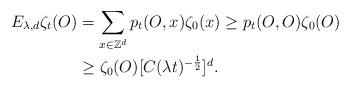
LaTeX: \begin{align*}E_{\lambda,d}\zeta_t(O)&=\sum_{x\in\mathbb{Z}^d}p_t(O,x)\zeta_0(x)\geq p_t(O,O)\zeta_0(O)\\&\geq\zeta_0(O)[C(\lambda t)^{-\frac{1}{2}}]^d.\end{align*}